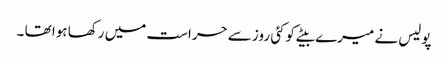
پولیس نے میرے بیٹے کوکئی روز سے حراست میں رکھا ہوا تھا ۔